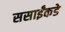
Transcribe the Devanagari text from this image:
ससाईंकडे